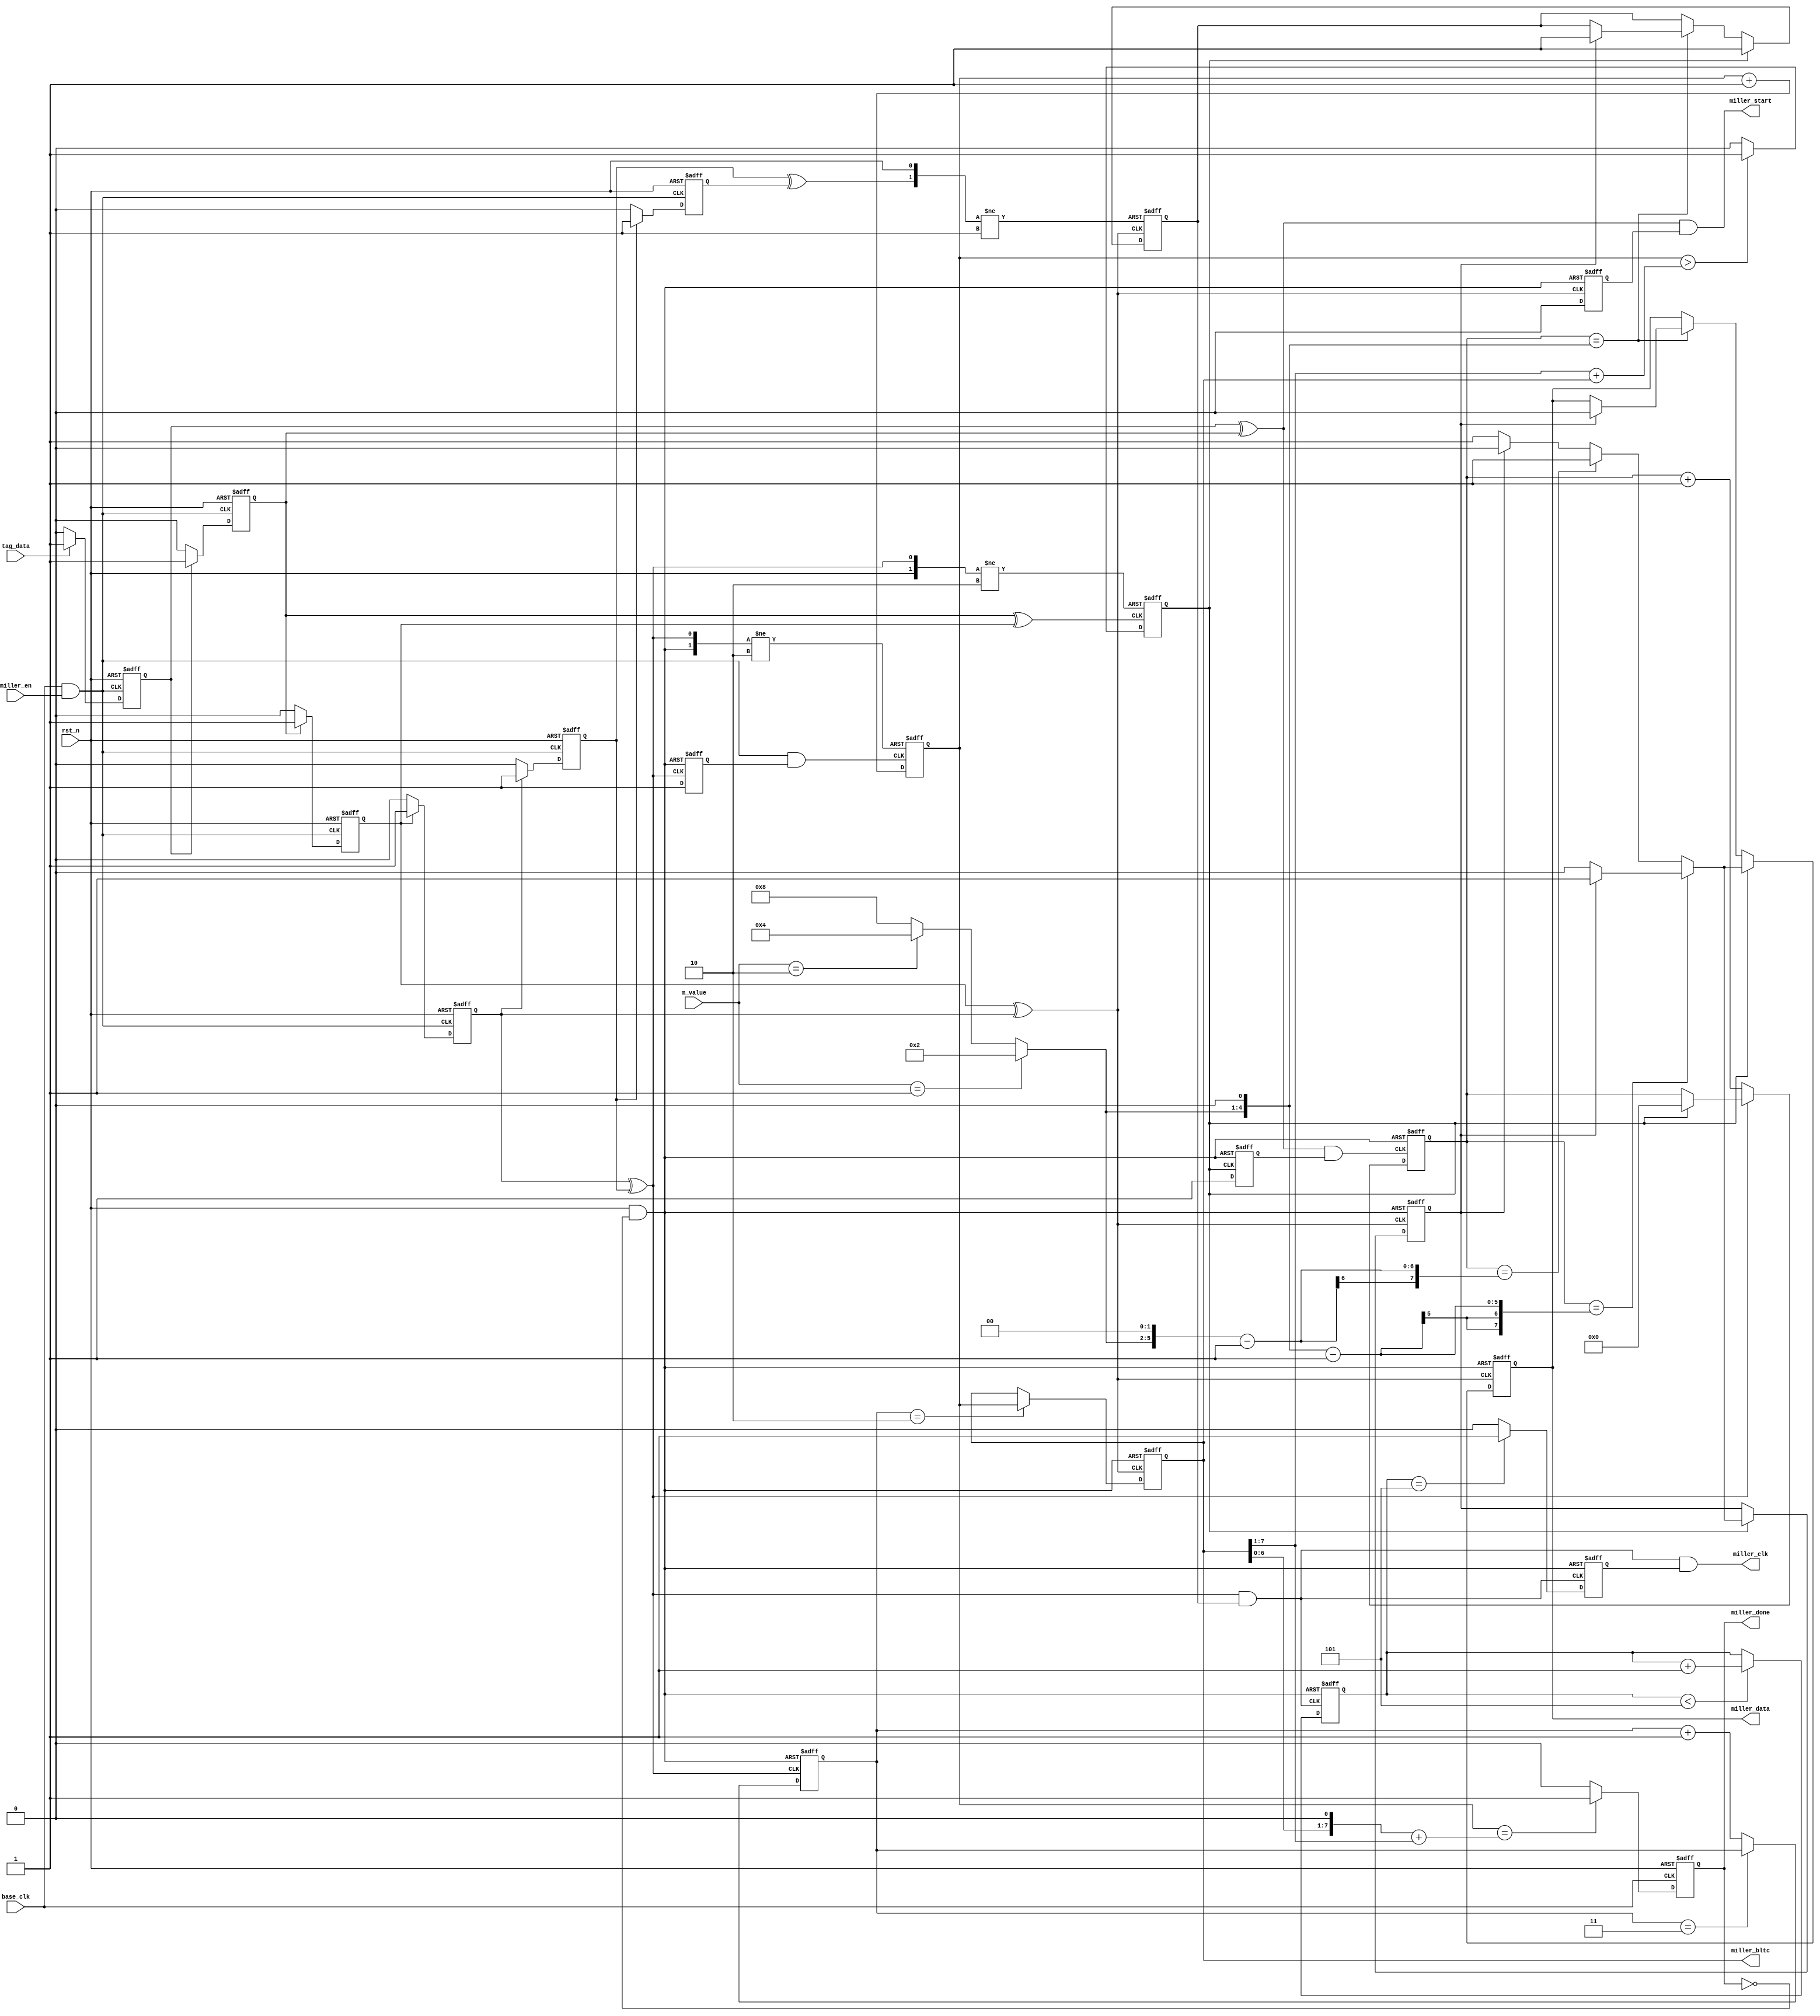
`timescale 1ns/1ns
`define UDLY #0

module DECODER_MILLIER(
                //inputs
                base_clk,
                rst_n,
                m_value,             
                tag_data,
                miller_en,
                
                //outputs
                miller_data,
                miller_clk,
                miller_bltc,
                miller_start,
                miller_done
            );
            
            
    //parameters
    parameter MAX_CNT=4'd5; //count from first one in preamble.
    
    //inputs
    input            base_clk;
    input            rst_n;
    input  [1:0]     m_value;
    input            tag_data;
    input            miller_en;
                
    //outputs
    output           miller_data;
    output           miller_clk;
    output [7:0]     miller_bltc;
    output           miller_start;
    output           miller_done;
    
    //regs
    reg              miller_data;    
    reg              miller_done;
    ////////
    reg              bl_buf_a;
    reg              bl_buf_b;
    reg              bl_buf_c;
    reg              bl_buf_d;
    reg              bl_buf_e;
    reg              bl_buf_f;
    reg    [7:0]     level_cnt;
    reg              cnt_en;
    reg              phase_pulse;
    reg    [7:0]     pulse_cnt;
    reg              bit_flg;
    reg              data_ctrl;
    reg    [3:0]     data_cnt;
    reg              miller_clk_en;
    reg    [7:0]     half_tpri;
    reg              cnt_pulse_en;
    reg    [1:0]     init_cnt;
    reg              start_ctrl;
    
    //wires
    wire             dec_clk;
    wire             rec_clk;
    wire             miller_clk;
    wire             miller_start;
    wire             fst_pulse;
    wire             thd_pulse;
    wire             fou_pulse;
    wire             cnt_pulse;
    wire             rst_done;
    ////////
    wire   [3:0]     pivot;
    wire   [7:0]     pivot_1;
    wire   [7:0]     pivot_2;
    wire   [7:0]     pivot_3;
    wire   [7:0]     HATPRI_0_5;
    wire   [7:0]     HATPRI_1_5;
    wire   [7:0]     HATPRI_2_5;
    
    
    
    assign dec_clk=base_clk&miller_en;
    
    assign rst_done=rst_n&~miller_done;
    
    assign miller_bltc=half_tpri;
    
    always @(posedge dec_clk or negedge rst_n)
    begin
        if(!rst_n)
            bl_buf_a<=`UDLY 1'b0;
        else if(tag_data)
            bl_buf_a<=`UDLY 1'b1;
        else
            bl_buf_a<=`UDLY 1'b0;    
    end
    
    always @(negedge dec_clk or negedge rst_n)
    begin
        if(!rst_n)
            bl_buf_b<=`UDLY 1'b0;
        else if(bl_buf_a)
            bl_buf_b<=`UDLY 1'b1;
        else
            bl_buf_b<=`UDLY 1'b0;    
    end
    
    always @(posedge dec_clk or negedge rst_n)
    begin
        if(!rst_n)
            bl_buf_c<=`UDLY 1'b0;
        else if(bl_buf_b)
            bl_buf_c<=`UDLY 1'b1;
        else
            bl_buf_c<=`UDLY 1'b0;    
    end
    
    always @(negedge dec_clk or negedge rst_n)
    begin
        if(!rst_n)
            bl_buf_d<=`UDLY 1'b0;
        else if(bl_buf_c)
            bl_buf_d<=`UDLY 1'b1;
        else
            bl_buf_d<=`UDLY 1'b0;    
    end
    
    always @(posedge dec_clk or negedge rst_n)
    begin
        if(!rst_n)
            bl_buf_e<=`UDLY 1'b0;
        else if(bl_buf_d)
            bl_buf_e<=`UDLY 1'b1;
        else
            bl_buf_e<=`UDLY 1'b0;    
    end
    
    always @(negedge dec_clk or negedge rst_n)
    begin
        if(!rst_n)
            bl_buf_f<=`UDLY 1'b0;
        else if(bl_buf_e)
            bl_buf_f<=`UDLY 1'b1;
        else
            bl_buf_f<=`UDLY 1'b0;    
    end
    
    assign fst_pulse=bl_buf_a^bl_buf_b;
    assign sec_pulse=bl_buf_b^bl_buf_c;
    assign thd_pulse=bl_buf_c^bl_buf_d;
    assign fou_pulse=bl_buf_d^bl_buf_e;
    assign fif_pulse=bl_buf_e^bl_buf_f;
    
    always @(posedge fou_pulse or negedge rst_done)
    begin
        if(!rst_done)
            cnt_en<=`UDLY 1'b0;
        else
            cnt_en<=`UDLY 1'b1;
    end
    
    assign cnt_clk=dec_clk&cnt_en;
        
    always @(posedge cnt_clk or posedge fou_pulse or negedge rst_done)
    begin
        if(!rst_done)
            level_cnt<=`UDLY 8'd2;
        else if(fou_pulse)
            level_cnt<=`UDLY 8'd2;
        else
            level_cnt<=`UDLY level_cnt+1'b1;
    end
    
    always @(posedge fou_pulse or negedge rst_done)
    begin
        if(!rst_done)
            init_cnt<=`UDLY 2'd0;
        else if(init_cnt==2'd3)
            init_cnt<=`UDLY init_cnt;
        else
            init_cnt<=`UDLY init_cnt+1'd1;
    end
    
    always @(posedge thd_pulse or negedge rst_done)
    begin
        if(!rst_done)
            half_tpri<=`UDLY 8'hff;
        else if(init_cnt==2'd2)
            half_tpri<=`UDLY level_cnt;
        else
            half_tpri<=`UDLY half_tpri; 
    end
    
    assign HATPRI_0_5={1'b0,half_tpri[7:1]};    
    assign HATPRI_1_5=HATPRI_0_5+half_tpri;
    assign HATPRI_2_5={half_tpri[6:0],1'b0}+HATPRI_0_5;
    
    
    always @(posedge sec_pulse or posedge fou_pulse or negedge rst_n)
    begin
        if(!rst_n)
            phase_pulse<=`UDLY 1'b0;
        else if(fou_pulse)
            phase_pulse<=`UDLY 1'b0;
        else if(level_cnt>HATPRI_1_5)
            phase_pulse<=`UDLY 1'b1;
        else
            phase_pulse<=`UDLY 1'b0;
    end
    
    always @(posedge phase_pulse or negedge rst_done)
    begin
        if(!rst_done)
            cnt_pulse_en<=`UDLY 1'b0;
        else
            cnt_pulse_en<=`UDLY 1'b1;
    end
    
    assign cnt_pulse=fst_pulse&cnt_pulse_en;
    
    //count for pulse.
    always @(posedge cnt_pulse /*or posedge fou_pulse*/ or negedge rst_done)
    begin
        if(!rst_done)
            pulse_cnt<=`UDLY 8'd0;
        else if(fou_pulse)
            if(phase_pulse)
                pulse_cnt<=`UDLY 8'd0;
            else
                pulse_cnt<=`UDLY pulse_cnt;
        else
            pulse_cnt<=`UDLY pulse_cnt+1'b1;
    end
    
    assign pivot=(m_value==2'b01)? 4'd2 :
                 (m_value==2'b10)? 4'd4 : 
                 (4'd8          )       ;
    
    assign pivot_1={3'b000,pivot,1'b0}-'b1;
    assign pivot_3={2'b00,pivot,2'b00}-'b1;
    
    assign pivot_2={3'b000,pivot,1'b0};
    
    always @(posedge thd_pulse or negedge rst_done)
    begin
        if(!rst_done)
            miller_data<=`UDLY 1'b0;
        else if(phase_pulse)        
            if(pulse_cnt==pivot_1)
                if(bit_flg)
                    miller_data<=`UDLY 1'b1;
                else
                    miller_data<=`UDLY 1'b0;
            else if(pulse_cnt==pivot_3)
                miller_data<=`UDLY 1'b1;
            else
                if(bit_flg)
                    miller_data<=`UDLY 1'b0;
                else
                    miller_data<=`UDLY 1'b1;
        else if(pulse_cnt==pivot_2)
            if(bit_flg)
                miller_data<=`UDLY 1'b0;
            else
                miller_data<=`UDLY miller_data;
        else
            miller_data<=`UDLY miller_data;        
    end
    
    always @(posedge thd_pulse or negedge rst_done)
    begin
        if(!rst_done)
            bit_flg<=`UDLY 1'b0;
        else if(phase_pulse)        
            if(pulse_cnt==pivot_1)
                if(bit_flg)
                    bit_flg<=`UDLY 1'b1;
                else
                    bit_flg<=`UDLY 1'b0;
            else if(pulse_cnt==pivot_3)
                bit_flg<=`UDLY 1'b1;
            else
                if(bit_flg)
                    bit_flg<=`UDLY 1'b0;
                else
                    bit_flg<=`UDLY 1'b1;
        else
            bit_flg<=`UDLY bit_flg;        
    end
    
    always @(posedge thd_pulse or posedge fif_pulse or negedge rst_n)
    begin
        if(!rst_n)
            data_ctrl<=`UDLY 1'b0;
        else if(fif_pulse)
            data_ctrl<=`UDLY 1'b0;
        else if(phase_pulse)            
            data_ctrl<=`UDLY 1'b1;
        else if(pulse_cnt==pivot_2)
            if(bit_flg)
                data_ctrl<=`UDLY 1'b1;
            else
                data_ctrl<=`UDLY data_ctrl;
        else
            data_ctrl<=`UDLY data_ctrl;        
    end
    
    assign rec_clk=fou_pulse&data_ctrl;
    
    always @(posedge rec_clk or negedge rst_done)
    begin
        if(!rst_done)
            data_cnt<=`UDLY 4'd0;
        else if(data_cnt<MAX_CNT)
            data_cnt<=`UDLY data_cnt+1'b1;
        else
            data_cnt<=`UDLY data_cnt;
    end
    
    always @(negedge rec_clk or negedge rst_done)
    begin
        if(!rst_done)
            miller_clk_en<=`UDLY 1'b0;
        else if(data_cnt==MAX_CNT)
            miller_clk_en<=`UDLY 1'b1;
        else
            miller_clk_en<=`UDLY 1'b0;
    end
    
    assign miller_clk=rec_clk&miller_clk_en;
    
    always @(negedge base_clk or negedge rst_n)
    begin
        if(!rst_n)
            miller_done<=`UDLY 1'b0;
        else if(level_cnt==HATPRI_2_5)
            miller_done<=`UDLY 1'b1;
        else
            miller_done<=`UDLY 1'b0;
    end
    
    always @(posedge thd_pulse or negedge rst_done)
    begin
        if(!rst_done)
            start_ctrl<=`UDLY 1'b1;
        else
            start_ctrl<=`UDLY 1'b0;
    end
    
    assign miller_start=fst_pulse&start_ctrl;
    
endmodule